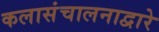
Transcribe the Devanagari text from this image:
कलासंचालनाद्वारे